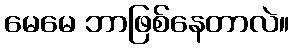
မေမေ ဘာဖြစ်နေတာလဲ။